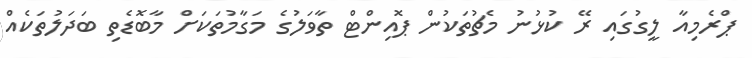
ޕްރެމިއާ ލީގުގައި ރޭ ކުޅުނު މެޗުތަކުން ޕޮއިންޓް ތާވަލުގެ މަގާމުތަކަށް މާބޮޑެތި ބަދަލުތަކެއް